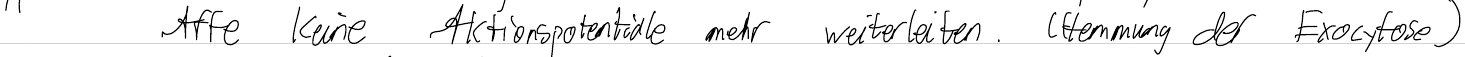
Affe keine Aktionspotentiale mehr weiterleiten. (Hemmung der Exocytose)